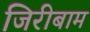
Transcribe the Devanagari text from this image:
जिरीबाम